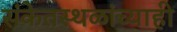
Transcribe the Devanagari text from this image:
संकेतस्थळांच्याही